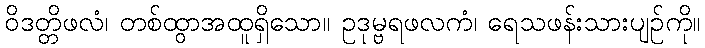
ဝိဒတ္တိဖလံ၊ တစ်ထွာအထူရှိသော။ ဥဒုမ္ဗရဖလကံ၊ ရေသဖန်းသားပျဉ်ကို။